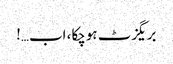
بریگزٹ ہوچکا، اب…!